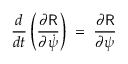
\frac { d } { d t } \left( \frac { \partial { \sf R } } { \partial \dot { \psi } } \right) \; = \; \frac { \partial \sf R } { \partial \psi }